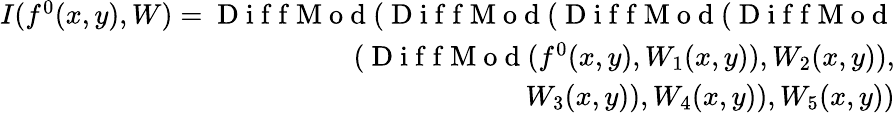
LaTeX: \begin{array}{r}{I(f^{0}(x,y),W)=\mathrm{~D~i~f~f~M~o~d~}(\mathrm{~D~i~f~f~M~o~d~}(\mathrm{~D~i~f~f~M~o~d~}(\mathrm{~D~i~f~f~M~o~d~}}\\ {(\mathrm{~D~i~f~f~M~o~d~}(f^{0}(x,y),W_{1}(x,y)),W_{2}(x,y)),}\\ {W_{3}(x,y)),W_{4}(x,y)),W_{5}(x,y))}\end{array}